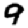
Digit: 9